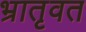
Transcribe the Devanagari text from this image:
भ्रातृवत